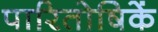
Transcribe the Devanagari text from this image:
पारितोषिकें